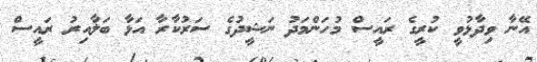
އޭނާ ވިދާޅުވީ ކުރީގެ ރައީސް މުހަންމަދު ނަޝީދުގެ ސަރުކާރާ އަޅާ ބަލާއިރު ރައީސް